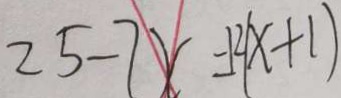
2 5 - 7 x = 1 2 ( x + 1 )